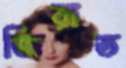
জিরাত